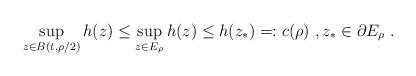
LaTeX: \begin{align*} \sup_{z\in B(t,\rho/2)} h(z) \leq \sup_{z\in E_{\rho}} h(z) \leq h(z_{*})=:c(\rho) \ ,z_{*} \in \partial E_{\rho}\ .\end{align*}